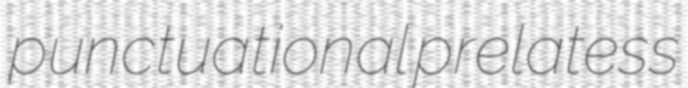
punctuational prelatess